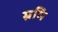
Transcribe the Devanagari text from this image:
म्रमि